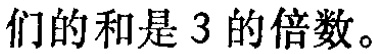
们的和是 3 的倍数。